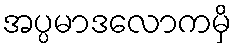
အပ္ပမာဒလောကမှိ